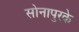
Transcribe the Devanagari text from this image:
सोनापुरके